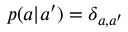
p ( a | a ^ { \prime } ) = \delta _ { a , a ^ { \prime } }